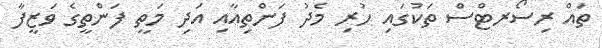
ތައް ރިސޯރޓްސް ތަކުގައި ހުރި މެދު ފަންތިއާއި އަދި މަތީ ފަންތީގެ ވަޒީފާ